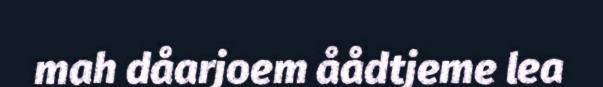
mah dåarjoem åådtjeme lea